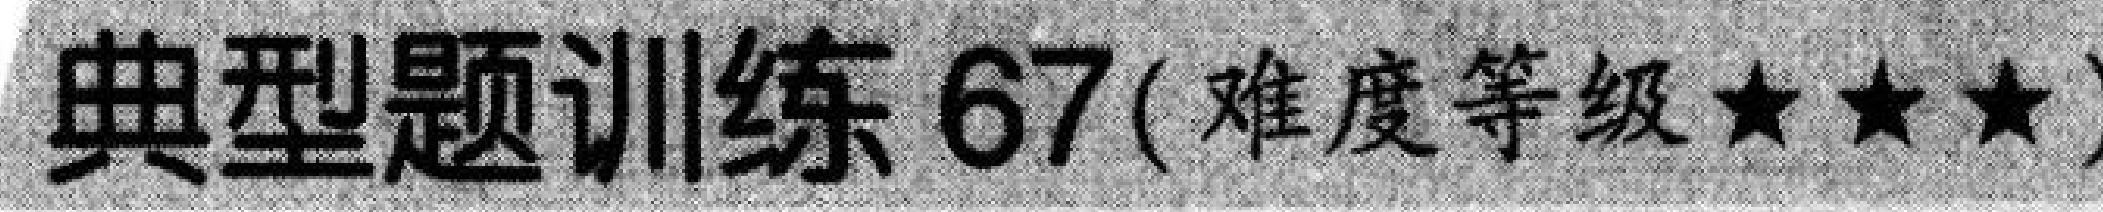
典型题训练 67(难度等级★★★)